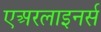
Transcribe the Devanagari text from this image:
एअरलाइनर्स